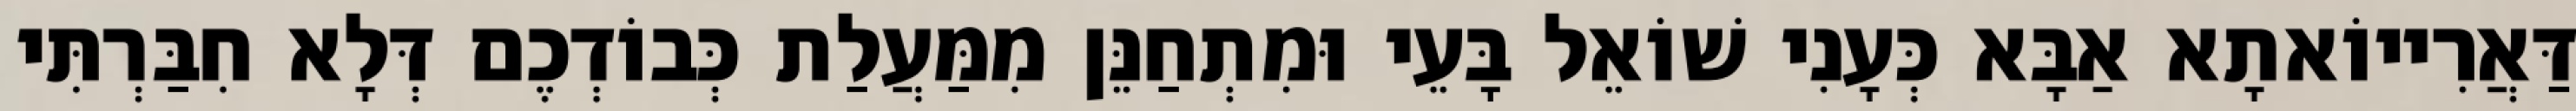
דַּאֲרִייוֹאתָא אַבָּא כְּעָנִי שׁוֹאֵל בָּעֵי וּמִתְחַנֵּן מִמַּעֲלַת כְּבוֹדְכֶם דְּלָא חִבַּרְתִּי